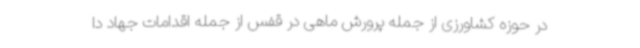
در حوزه کشاورزی از جمله پرورش ماهی در قفس از جمله اقدامات جهاد دا